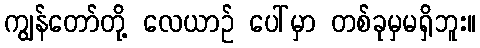
ကျွန်တော်တို့ လေယာဉ် ပေါ်မှာ တစ်ခုမှမရှိဘူး။